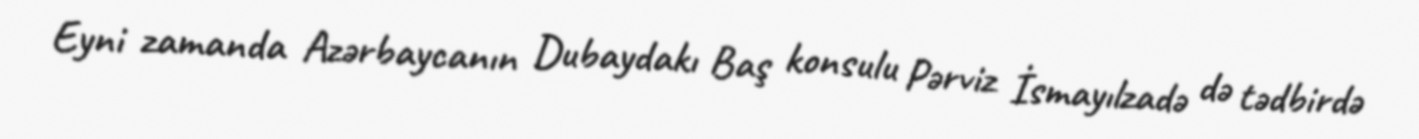
Eyni zamanda Azərbaycanın Dubaydakı Baş konsulu Pərviz İsmayılzadə də tədbirdə